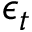
\epsilon _ { t }